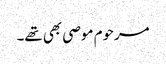
مرحوم موصی بھی تھے۔